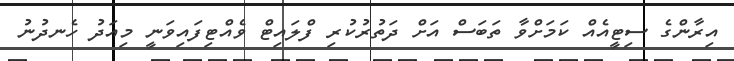
އިރާންގެ ސިޓީއެއް ކަމަށްވާ ތަބަސް އަށް ދަތުރުކުރި ފްލައިޓް ވެއްޓިފައިވަނީ މިއަދު ހެނދުނު